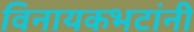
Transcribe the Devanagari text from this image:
विनायकभटांनी